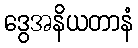
ဒွေအနိယတာနံ